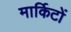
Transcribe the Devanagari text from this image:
मार्किटों